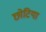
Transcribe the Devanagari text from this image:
छोटिया